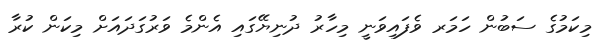
މިކަމުގެ ސަބަުން ހަމަރ ވެފައިވަނީ މިހާރު ދުނިޔޭގައި އެންމެ ވަރުގަދައަށް މިކަން ކުރާ